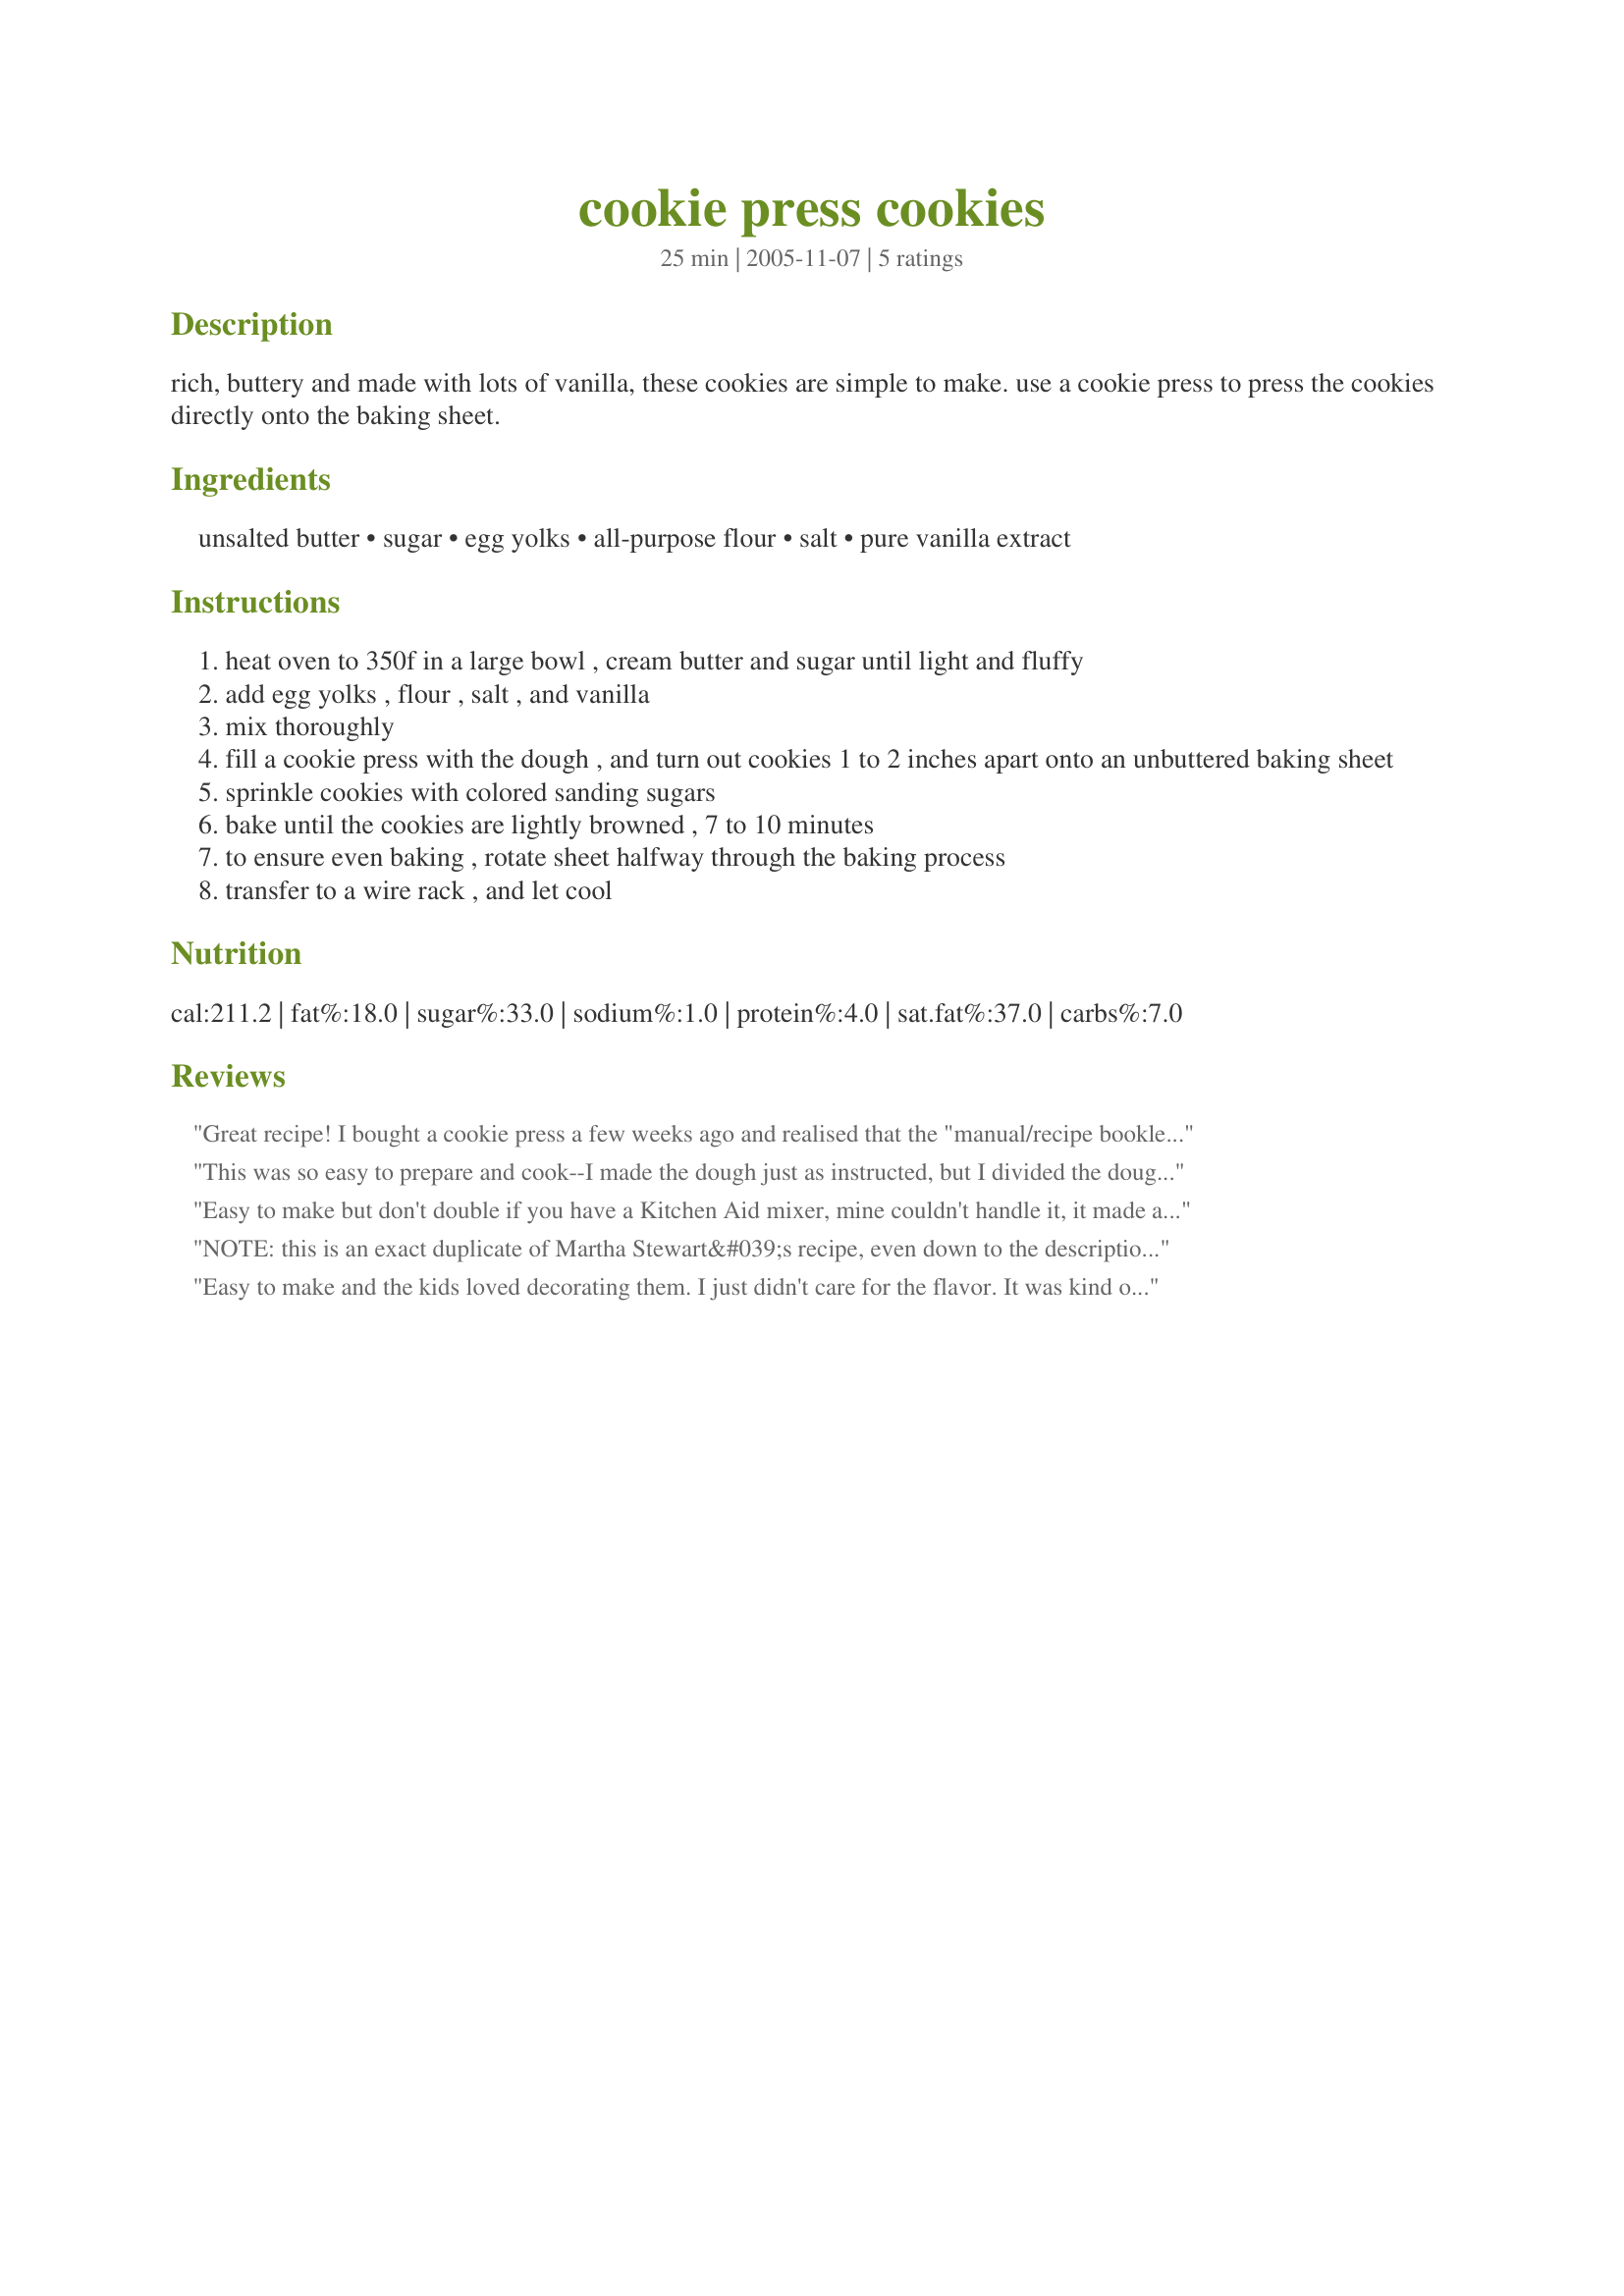
cookie press cookies
Preparation time: 25 minutes

rich, buttery and made with lots of vanilla, these cookies are simple to make. use a cookie press to press the cookies directly onto the baking sheet.

Ingredients:
unsalted butter, sugar, egg yolks, all-purpose flour, salt, pure vanilla extract

Steps:
heat oven to 350f in a large bowl , cream butter and sugar until light and fluffy
add egg yolks , flour , salt , and vanilla
mix thoroughly
fill a cookie press with the dough , and turn out cookies 1 to 2 inches apart onto an unbuttered baking sheet
sprinkle cookies with colored sanding sugars
bake until the cookies are lightly browned , 7 to 10 minutes
to ensure even baking , rotate sheet halfway through the baking process
transfer to a wire rack , and let cool

Reviews:
Great recipe! I bought a cookie press a few weeks ago and realised that the "manual/recipe booklet included" was missing! Finding this recipe really made my day. I halved it and used golden caster sugar and managed to create 6 dozens of pretty, dainty, AND yummy butter cookies! Thanks so much for posting!
This was so easy to prepare and cook--I made the dough just as instructed, but I divided the dough into different sections and added different flavored extracts to each one. I used anise, lemon and almond extracts, and they came out perfectly. 
Thanks so much for a great recipe!
Easy to make but don't double if you have a Kitchen Aid mixer, mine couldn't handle it, it made alot more than the recipe said it would. Insted of vanilla I used a TBS of peppermint extract and the taste was great! Will def. make again!
NOTE: this is an exact duplicate of Martha Stewart&#039;s recipe, even down to the description. See here: http://www.marthastewart.com/318844/cookie-press-cookies
Easy to make and the kids loved decorating them. I just didn't care for the flavor. It was kind of bland to me. Might try adding extracts like the poster below did. Thanks for sharing, my kids and I enjoyed decorating them.
